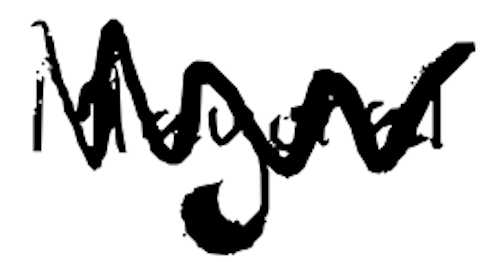
Text: Mayoral
Cross-out: zig-zag
Writing tool: digital_black